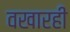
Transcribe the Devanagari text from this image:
वखारही